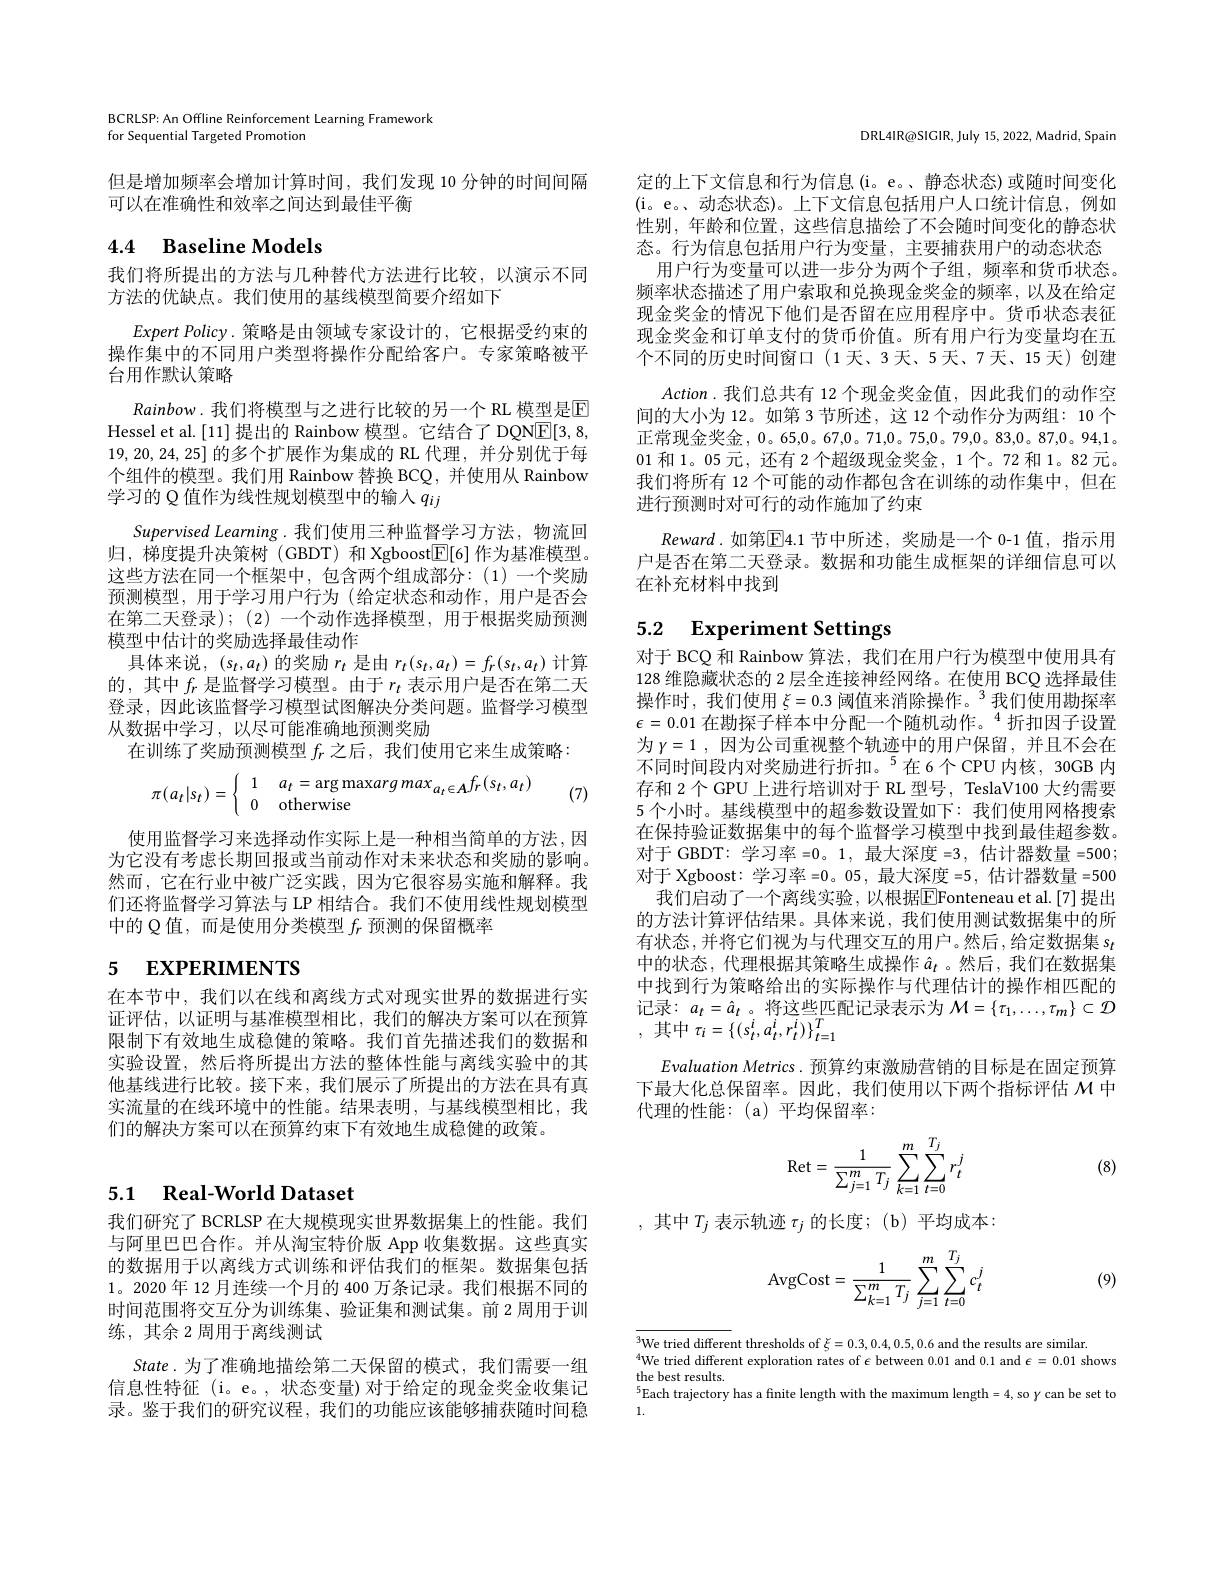
BCRLSP: An Offline Reinforcement Learning Framework
for Sequential Targeted Promotion

但是增加频率会增加计算时间，我们发现 10 分钟的时间间隔
可以在准确性和效率之间达到最佳平衡

# 4.4 Baseline Models

我们将所提出的方法与几种替代方法进行比较，以演示不同
方法的优缺点。我们使用的基线模型简要介绍如下
$ExpertPolicy.$策略是由领域专家设计的，它根据受约束的操作集中的不同用户类型将操作分配给客户。专家策略被平台用作默认策略
Rainbow. 我们将模型与之进行比较的另一个 RL 模型是E Hessel et al. [11] 提出的 Rainbow 模型。它结合了 DQN$\boxed{\mathrm{E}}[3,8$, 19,20,24,25]的多个扩展作为集成的 RL 代理，并分别优于每个组件的模型。我们用 Rainbow 替换 BCQ,并使用从 Rainbow 学习的 Q 值作为线性规划模型中的输入$q_{ij}$
Supervised Learning.我们使用三种监督学习方法，物流回归，梯度提升决策树(GBDT) 和 Xgboost$\boxed{\mathbb{E}}[6]$作为基准模型。这些方法在同一个框架中，包含两个组成部分：(1)一个奖励预测模型，用于学习用户行为(给定状态和动作，用户是否会在第二天登录); (2) 一个动作选择模型，用于根据奖励预测模型中估计的奖励选择最佳动作
具体来说，$(s_t,a_t)$的奖励$r_t$是由$r_t(s_t,a_t)=f_r(s_t,a_t)$计算的，其中$f_r$是监督学习模型。由于$r_t$表示用户是否在第二天登录，因此该监督学习模型试图解决分类问题。监督学习模型从数据中学习，以尽可能准确地预测奖励
在训练了奖励预测模型$f_r$之后，我们使用它来生成策略：
$$\pi(a_t|s_t)=\left\{\begin{array}{ll}1&\quad a_t=\arg\max arg\max_{a_t\in A}f_r(s_t,a_t)\\0&\text{otherwise}\end{array}\right.$$
(7)

使用监督学习来选择动作实际上是一种相当简单的方法，因为它没有考虑长期回报或当前动作对未来状态和奖励的影响。然而，它在行业中被广泛实践，因为它很容易实施和解释。我们还将监督学习算法与 LP 相结合。我们不使用线性规划模型中的 Q 值，而是使用分类模型$f_r$预测的保留概率

# 5 EXPERIMENTS

在本节中，我们以在线和离线方式对现实世界的数据进行实证评估，以证明与基准模型相比，我们的解决方案可以在预算限制下有效地生成稳健的策略。我们首先描述我们的数据和实验设置，然后将所提出方法的整体性能与离线实验中的其他基线进行比较。接下来，我们展示了所提出的方法在具有真实流量的在线环境中的性能。结果表明，与基线模型相比，我们的解决方案可以在预算约束下有效地生成稳健的政策。

# 5.1 $\textbf{Real- World Dataset}$

我们研究了 BCRLSP 在大规模现实世界数据集上的性能。我们与阿里巴巴合作。并从淘宝特价版 App 收集数据。这些真实的数据用于以离线方式训练和评估我们的框架。数据集包括1。2020 年 12 月连续一个月的 400 万条记录。我们根据不同的时间范围将交互分为训练集、验证集和测试集。前 2 周用于训练，其余 2 周用于离线测试
State.为了准确地描绘第二天保留的模式，我们需要一组信息性特征 (i。e。, 状态变量) 对于给定的现金奖金收集记录。鉴于我们的研究议程，我们的功能应该能够捕获随时间稳

DRL4IR@SIGIR, July 15, 2022, Madrid, Spain

定的上下文信息和行为信息(i。e。、静态状态)或随时间变化(i。e。、动态状态)。上下文信息包括用户人口统计信息，例如性别，年龄和位置，这些信息描绘了不会随时间变化的静态状态。行为信息包括用户行为变量，主要捕获用户的动态状态
用户行为变量可以进一步分为两个子组，频率和货币状态。频率状态描述了用户索取和兑换现金奖金的频率，以及在给定现金奖金的情况下他们是否留在应用程序中。货币状态表征现金奖金和订单支付的货币价值。所有用户行为变量均在五个不同的历史时间窗口(1天、3天、5天、7天、15 天)创建
Action.我们总共有 12 个现金奖金值，因此我们的动作空间的大小为 12。如第 3 节所述，这 12 个动作分为两组：10 个正常现金奖金，0。65,0。67,0。71,0。75,0。79,0。83,0。87,0。94,1。01 和 1。05 元，还有 2 个超级现金奖金，1 个。72 和 1。82 元。我们将所有 12 个可能的动作都包含在训练的动作集中，但在进行预测时对可行的动作施加了约束
$Reward.$如第$\overline{\mathrm{E}}4.1$ 节中所述，奖励是一个 0-1 值，指示用户是否在第二天登录。数据和功能生成框架的详细信息可以

在补充材料中找到

# 5.2 Experiment Settings

对于 BCQ 和 Rainbow 算法，我们在用户行为模型中使用具有128 维隐藏状态的 2 层全连接神经网络。在使用 BCQ 选择最佳操作时，我们使用 $\xi=0.3\text{ 阈值来消除操作。}^{3}$我们使用勘探率$\epsilon=0.01$ 在勘探子样本中分配一个随机动作。$^{4}$折扣因子设置为$\gamma = 1$ , $因 为 公 司 重 视 整 个 轨 迹 中 的 用 户 保 留 , 并 且 不 会 在$ 不同时间段内对奖励进行折扣。$^{5}$在6个CPU内核，30GB 内存和 2个 GPU 上进行培训对于 RL 型号，TeslaV100 大约需要5 个小时。基线模型中的超参数设置如下：我们使用网格搜索在保持验证数据集中的每个监督学习模型中找到最佳超参数。对于 GBDT: 学习率 =0。1, 最大深度 =3 , 估计器数量 =500; 对于 Xgboost: 学习率 =0。05, 最大深度 =5 , 估计器数量 =500
我们启动了一个离线实验，以根据$\boxed{\mathrm{E}}$Fonteneau et al.[7]提出的方法计算评估结果。具体来说，我们使用测试数据集中的所有状态，并将它们视为与代理交互的用户。然后，给定数据集$s_t$ 中的状态，代理根据其策略生成操作$\hat{a}_t$ 。然后，我们在数据集中找到行为策略给出的实际操作与代理估计的操作相匹配的记录：$a_t=\hat{a}_t$。将这些匹配记录表示为$M=\{\tau_1,\ldots,\tau_m\}\subset\mathcal{D}$ ,其中$\tau_i=\left\{(s_t^i,a_t^i,r_t^i)\right\}_{t=1}^T$

Evaluation Metrics. 预算约束激励营销的目标是在固定预算下最大化总保留率。因此，我们使用以下两个指标评估$\mathcal{M}$中代理的性能：(a)平均保留率：

(8)
$$\mathrm{Ret}=\frac{1}{\sum_{j=1}^mT_j}\sum_{k=1}^m\sum_{t=0}^{T_j}r_t^j$$
,其中$T_j$表示轨迹$\tau_j$的长度；(b)平均成本：

(9)
$$\mathrm{AvgCost}=\frac{1}{\sum_{k=1}^{m}T_{j}}\sum_{j=1}^{m}\sum_{t=0}^{T_{j}}c_{t}^{j}$$
$^{3}$We tried different thresholds of $\xi=0.3,0.4,0.5,0.6$ and the results are similar.
$^{4}$We tried different exploration rates of $\epsilon$ between 0.01 and 0.1 and $\epsilon=0.01$ shows
the best results.
$^{5}$Each trajectory has a finite length with the maximum length=4, so $\gamma$ can be set to
1.